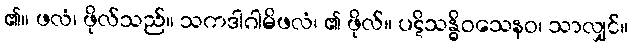
၏။ ဖလံ၊ ဖိုလ်သည်။ သကဒါဂါမိဖလံ၊ ၏ ဖိုလ်။ ပဋိသန္ဓိဝသေနဝ၊ သာလျှင်။